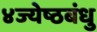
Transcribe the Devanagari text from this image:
४ज्येष्ठबंधु